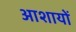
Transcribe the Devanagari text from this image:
आशायों